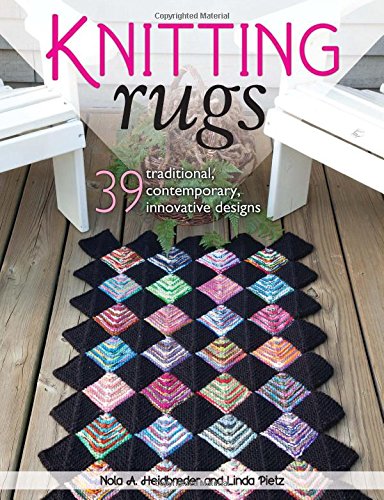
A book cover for Knitting Rugs: 39 Traditional, Contemporary, Innovative Designs; Nola A. Heidbreder; Crafts, Hobbies & Home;